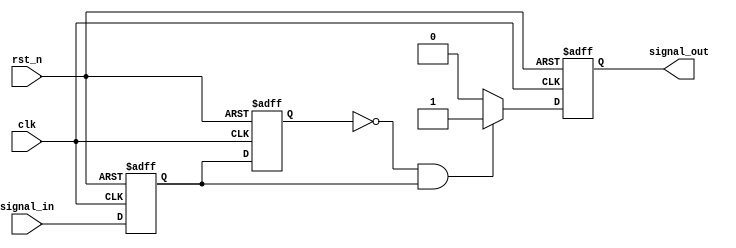
module edge_detect
      (/*autoport*/
         input clk,
         input rst_n,
         input signal_in,
         output reg signal_out
      );
//*******************************************************
//Internal
//*******************************************************
//Local Parameters

//Wires

//Registers
reg ff1,ff2;
//*******************************************************
//General Purpose Signals
//*******************************************************
always @(posedge clk or negedge rst_n) begin
   if (!rst_n) begin
      ff1 <= 1'b0;
      ff2 <= 1'b0;
   end
   else begin
      ff1 <= signal_in;
      ff2 <= ff1;
   end
end

//*******************************************************
//Outputs
//*******************************************************
always @(posedge clk or negedge rst_n) begin
   if (!rst_n) begin
      signal_out <= 1'b0;
   end
   else begin
      if (!ff2 && ff1)
         signal_out <= 1'b1;
      else begin
         signal_out <= 1'b0;
      end
   end
end

//*******************************************************
//Instantiations
//*******************************************************

endmodule